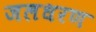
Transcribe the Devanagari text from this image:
जलधरण